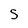
Character: S